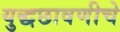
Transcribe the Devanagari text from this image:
युद्धछावणीचे